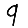
Digit: 9